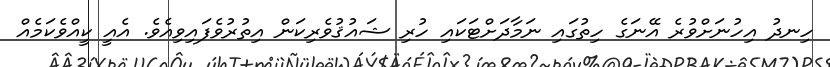
ހިނދު އިހުނަށްވުރެ އޭނަގެ ހިތުގައި ނަމާދަށްޓަކައި ހުރި ޝައުޤުވެރިކަން އިތުރުވެފައިވިއެވެ. އެއީ ކީއްވެކަމެއް